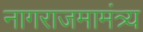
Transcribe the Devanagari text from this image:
नागराजमामंत्र्य